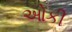
ઓકી